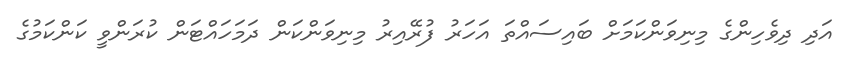
އަދި ދިވެހިންގެ މިނިވަންކަމަށް ބައިސައްތަ އަހަރު ފުރޭއިރު މިނިވަންކަން ދަމަހައްޓަން ކުރަންވީ ކަންކަމުގެ